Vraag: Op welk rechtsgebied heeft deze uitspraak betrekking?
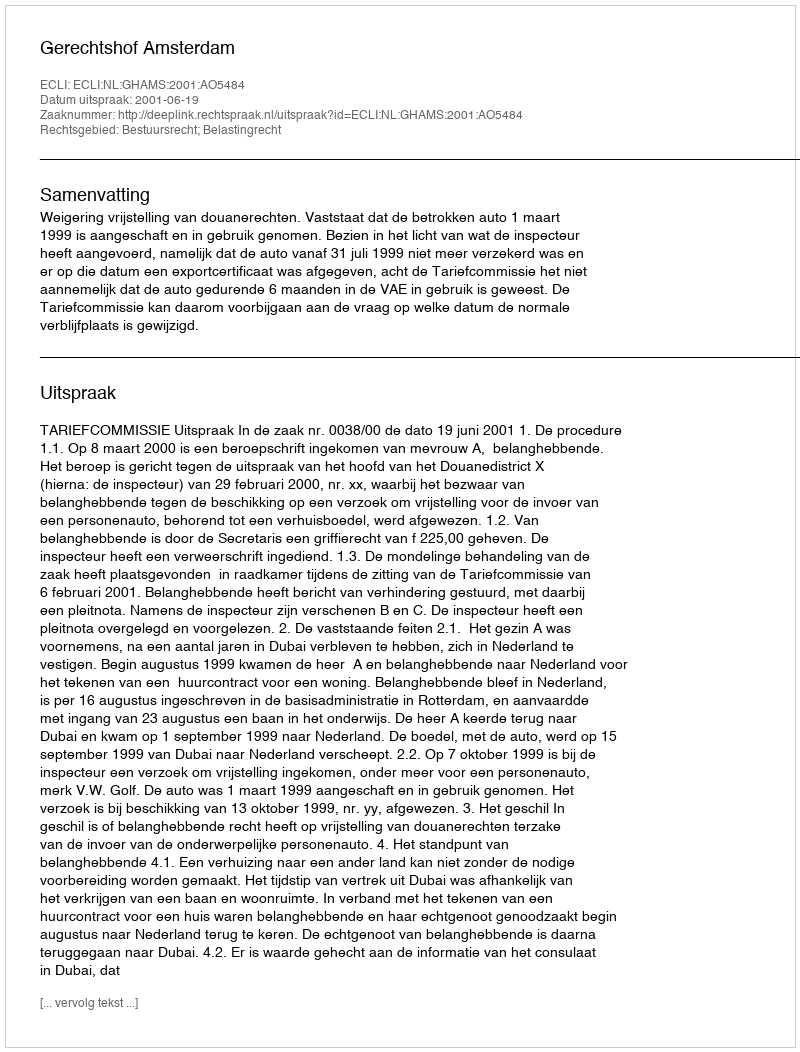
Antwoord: Bestuursrecht; Belastingrecht